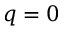
q = 0